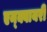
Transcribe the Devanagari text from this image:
एन्क्वायरी